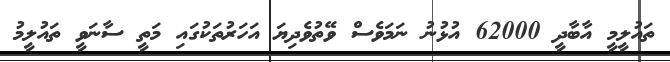
ތައުލީމީ އާބާދީ 62000 އުޅުނު ނަމަވެސް ވޭތުވެދިޔަ އަހަރުތަކުގައި މަތީ ސާނަވީ ތައުލީމު